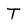
Character: T